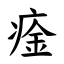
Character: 㾣